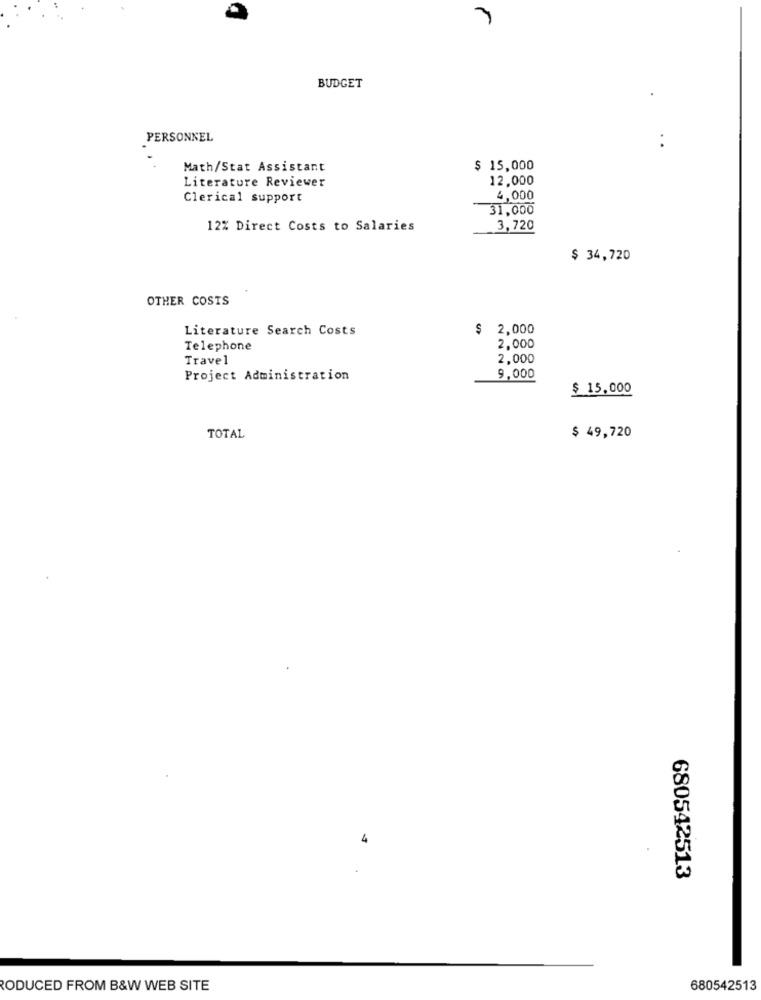
BUDGET
PERSONNEL
. .
Math/Stat Assistant
$ 15,000
Literature Reviewer
12,000
Clerical support
4,000
31,000
12% Direct Costs to Salaries
3,720
$ 34,720
OTHER COSTS
Literature Search Costs
$ 2,000
Telephone
2,000
Travel
2,000
Project Administration
9,000
$ 15,000
TOTAL
$ 49,720
680542513
RODUCED FROM B&W WEB SITE
680542513